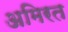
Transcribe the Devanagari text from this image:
अमिरत